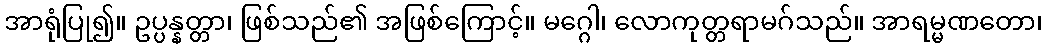
အာရုံပြု၍။ ဥပ္ပန္နတ္တာ၊ ဖြစ်သည်၏ အဖြစ်ကြောင့်။ မဂ္ဂေါ၊ လောကုတ္တရာမဂ်သည်။ အာရမ္မဏတော၊